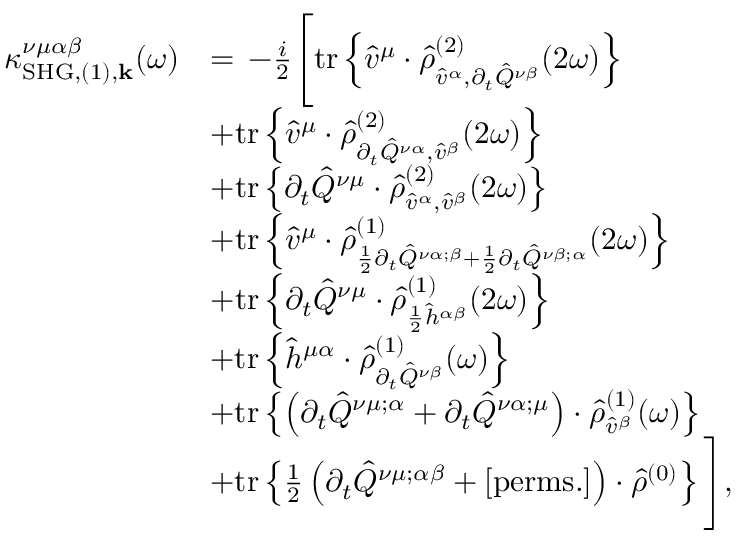
\begin{array} { r l } { \kappa _ { \mathrm { S H G } , ( 1 ) , \mathbf { k } } ^ { \nu \mu \alpha \beta } ( \omega ) } & { = \, - \frac { i } { 2 } \Bigg [ \mathrm { t r } \left\{ \hat { v } ^ { \mu } \cdot \hat { \rho } _ { \hat { v } ^ { \alpha } , \partial _ { t } \hat { Q } ^ { \nu \beta } } ^ { ( 2 ) } ( 2 \omega ) \right\} } \\ & { + \mathrm { t r } \left\{ \hat { v } ^ { \mu } \cdot \hat { \rho } _ { \partial _ { t } \hat { Q } ^ { \nu \alpha } , \hat { v } ^ { \beta } } ^ { ( 2 ) } ( 2 \omega ) \right\} } \\ & { + \mathrm { t r } \left\{ \partial _ { t } \hat { Q } ^ { \nu \mu } \cdot \hat { \rho } _ { \hat { v } ^ { \alpha } , \hat { v } ^ { \beta } } ^ { ( 2 ) } ( 2 \omega ) \right\} } \\ & { + \mathrm { t r } \left\{ \hat { v } ^ { \mu } \cdot \hat { \rho } _ { \frac { 1 } { 2 } \partial _ { t } \hat { Q } ^ { \nu \alpha ; \beta } + \frac { 1 } { 2 } \partial _ { t } \hat { Q } ^ { \nu \beta ; \alpha } } ^ { ( 1 ) } ( 2 \omega ) \right\} } \\ & { + \mathrm { t r } \left\{ \partial _ { t } \hat { Q } ^ { \nu \mu } \cdot \hat { \rho } _ { \frac { 1 } { 2 } \hat { h } ^ { \alpha \beta } } ^ { ( 1 ) } ( 2 \omega ) \right\} } \\ & { + \mathrm { t r } \left\{ \hat { h } ^ { \mu \alpha } \cdot \hat { \rho } _ { \partial _ { t } \hat { Q } ^ { \nu \beta } } ^ { ( 1 ) } ( \omega ) \right\} } \\ & { + \mathrm { t r } \left\{ \left( \partial _ { t } \hat { Q } ^ { \nu \mu ; \alpha } + \partial _ { t } \hat { Q } ^ { \nu \alpha ; \mu } \right) \cdot \hat { \rho } _ { \hat { v } ^ { \beta } } ^ { ( 1 ) } ( \omega ) \right\} } \\ & { + \mathrm { t r } \left\{ \frac { 1 } { 2 } \left( \partial _ { t } \hat { Q } ^ { \nu \mu ; \alpha \beta } + \mathrm { [ p e r m s . ] } \right) \cdot \hat { \rho } ^ { ( 0 ) } \right\} \Bigg ] \mathrm { , } } \end{array}